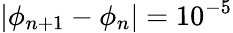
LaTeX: |\phi_{n+1}-\phi_{n}|=10^{-5}